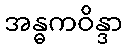
အန္ဓကဝိန္ဒာ